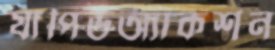
যাপিডঅ্যাকশন